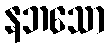
နဘသော